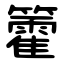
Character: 籗